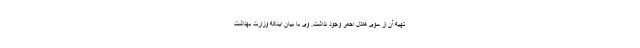
تهیه آن از سوی هلال احمر وجود نداشت. وی با بیان اینکه وزارت بهداشت